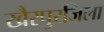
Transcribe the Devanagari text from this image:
खैरपुरजिला